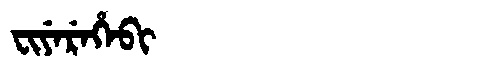
Manchu: ᠸᡳᠶᡝᡵᡝᡥᡝᠪᡳ
Romanization: FIYEREHEBI